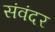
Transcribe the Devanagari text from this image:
संवंदर